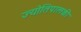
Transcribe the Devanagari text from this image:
ज्योतिपालकी